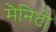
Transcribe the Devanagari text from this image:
मैनिटो